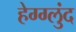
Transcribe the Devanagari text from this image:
हेग्ग्लुंद